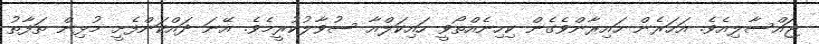
ޖައްސާލިއެވެ. އަހަރެން ހައިރާންވެގެން ކިހިނެއްތޯވީ ހައިކަލްއާ ސުވާލުކުރީމެވެ. އޭނަ ދައްކަންފެށީ މުޅިން ތަފާތު